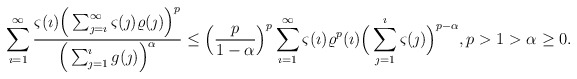
\begin{align*}\sum_{\imath=1}^{\infty}\frac{\varsigma(\imath)\Big(\sum_{\jmath=\imath}^{\infty}\varsigma(\jmath)\varrho(\jmath)\Big)^p}{\Big(\sum_{\jmath=1}^{\imath}g(\jmath)\Big)^\alpha}\leq \Big(\frac{p}{1-\alpha}\Big)^p\sum_{\imath=1}^{\infty}\varsigma(\imath)\varrho^p(\imath)\Big(\sum_{\jmath=1}^{\imath}\varsigma(\jmath)\Big)^{p-\alpha}, p>1>\alpha\geq0. \end{align*}